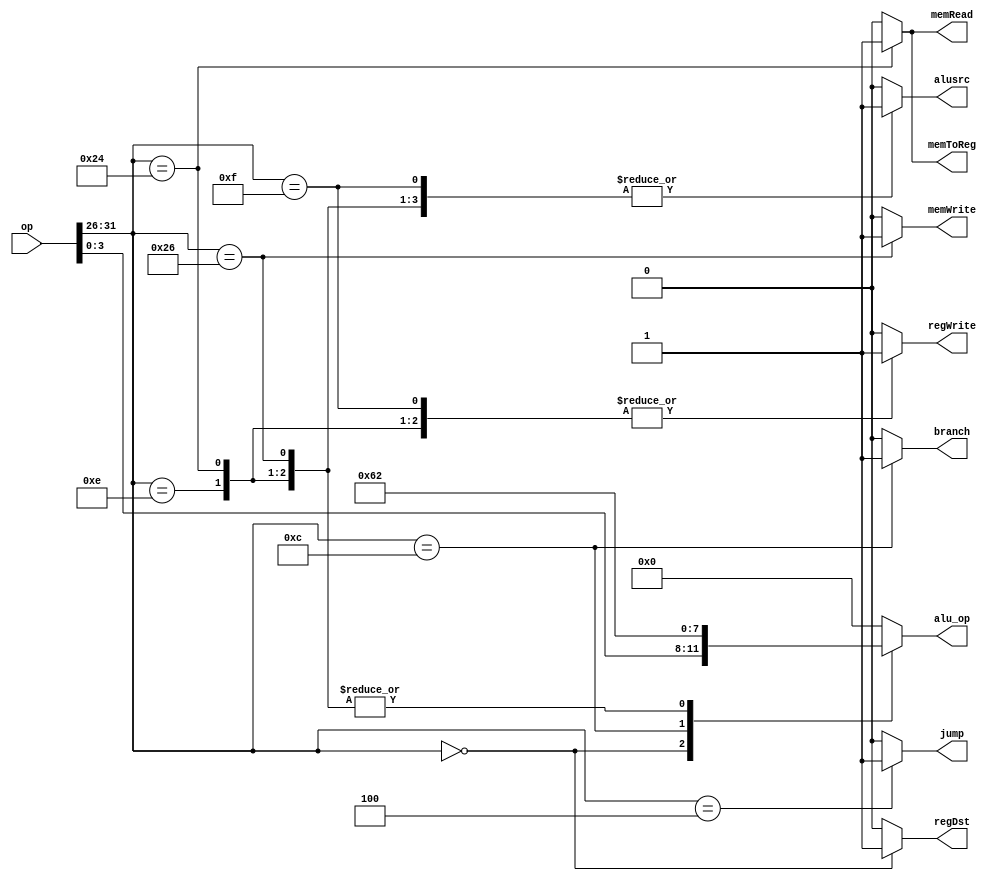
`timescale 1ns / 1ps

module Control(
	output reg 
		regDst, 
		jump, 
		branch, 
		memRead, 
		memToReg, 
		memWrite, 
		alusrc, 
		regWrite,

	output reg [3:0] alu_op,

	input [31:0] op
);


	always@(op)
	begin
		regDst = 0;
		jump = 0;
		branch = 0;
		memRead = 0;
		memToReg = 0;
		memWrite = 0;
		alusrc = 0;
		regWrite = 0;
		alu_op = 0;
		
		case(op[31:26])

			//load
			6'b001110: begin
				alu_op = 4'b0010;
				alusrc = 1;
				regWrite = 1;
			end

			//alu
			// R-type
			6'b000000: begin
				regDst = 1;
				alu_op = op[3:0];
				regWrite = 1;
			end

			//branch
			6'b001100: begin
				branch = 1;
				alu_op = 4'b0110;
			end
			
			//jump
			6'b000100: jump = 1;
			
			//??????? lw
			6'b100100: begin
				memRead = 1;
				memToReg = 1;
				alu_op = 4'b0010;
				alusrc = 1;
				regWrite = 1;
			end
			
			//??????? sw
			6'b100110: begin
				alu_op = 4'b0010;
				memWrite = 1;
				alusrc = 1;
			end
			
			6'b001111: begin
				alusrc = 1;
				regWrite = 1;
			end
		endcase
	end
endmodule